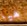
هيا